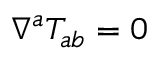
\nabla ^ { a } T _ { a b } = 0